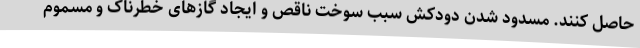
حاصل کنند. مسدود شدن دودکش سبب سوخت ناقص و ایجاد گازهای خطرناک و مسموم